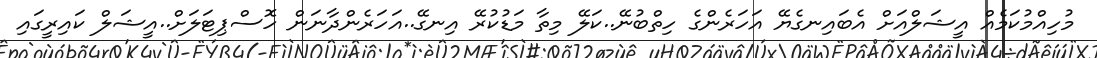
މުހިއްމުކަމެއް އީޝަލްއަށް އެބައިނގެޔޭ އަހަރެންގެ ހިތްބުނޭ..ކަލޭ މިތާ މަޑުކުރޭ އިނގޭ..އަހަރެންދާނަން ހޮސްޕިޓަލަށް..އީޝަލް ކައިރީގައި